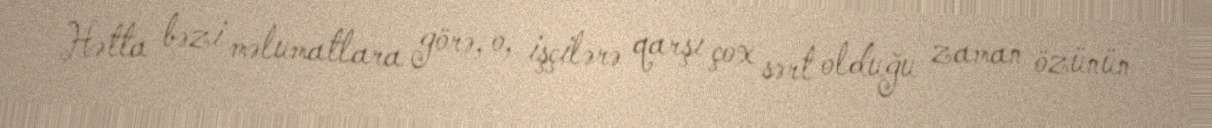
Hətta bəzi məlumatlara görə, o, işçilərə qarşı çox sərt olduğu zaman özünün